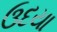
ઉદયા